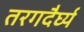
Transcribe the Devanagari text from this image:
तरगदैर्घ्य